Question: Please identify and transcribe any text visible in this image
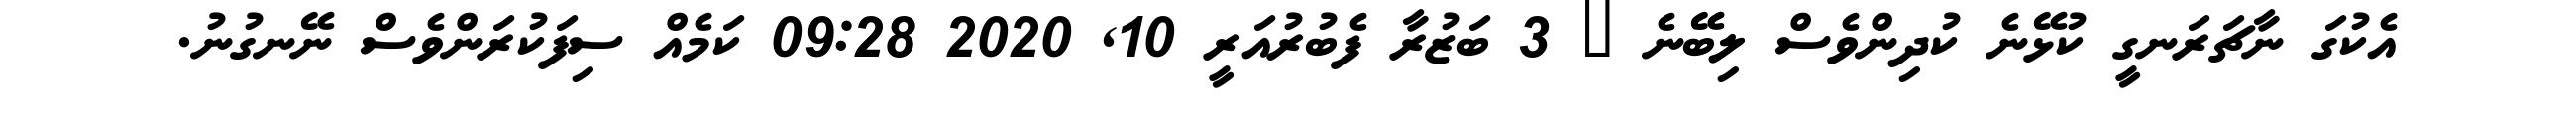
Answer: އެކުގަ ނާޗަރަނގީ ކުޅޭނެ ކުދިންވެސް ލިބޭނެ ? 3 ބަޒުރާ ފެބުރުއަރީ 10, 2020 09:28 ކަމެއް ސިފަކުރަންވެސް ނޭނގުނު.